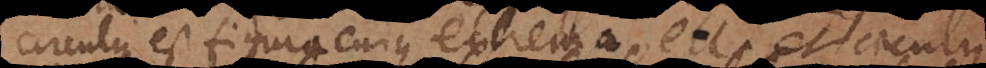
circulus est figura cujus extrema etc. et circulus